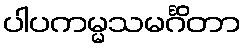
ပါပကမ္မသမင်္ဂိတာ